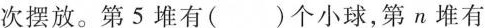
次摆放。第5堆有()个小球，第n堆有